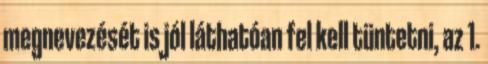
megnevezését is jól láthatóan fel kell tüntetni, az 1.